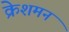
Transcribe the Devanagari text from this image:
क्रेशमन